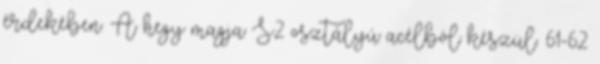
érdekében. A hegy magja S2 osztályú acélból készül. 61-62